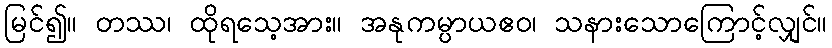
မြင်၍။ တဿ၊ ထိုရသေ့အား။ အနုကမ္ပာယဧဝ၊ သနားသောကြောင့်လျှင်။